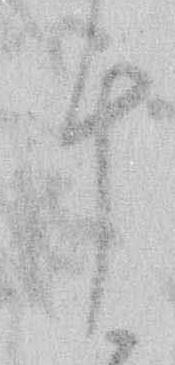
十